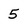
Character: 5